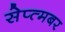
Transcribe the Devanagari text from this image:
सेप्त्मबर